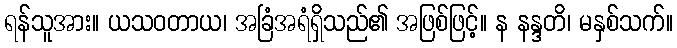
ရန်သူအား။ ယသဝတာယ၊ အခြံအရံရှိသည်၏ အဖြစ်ဖြင့်။ န နန္ဒတိ၊ မနှစ်သက်။